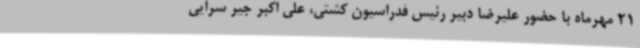
21 مهرماه با حضور علیرضا دبیر رئیس فدراسیون کشتی، علی اکبر جیر سرایی